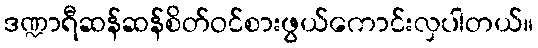
ဒဏ္ဍာရီဆန်ဆန်စိတ်ဝင်စားဖွယ်ကောင်းလှပါတယ်။